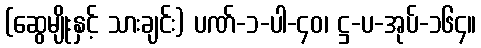
(ဆွေမျိုးနှင့် သားချင်း) ပဏ်-၁-ပါ-၄၀၊ ဋ္ဌ-ပ-အုပ်-၁၆၄။